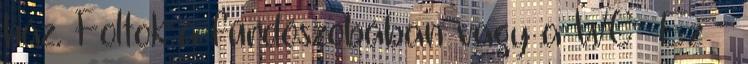
ház. Foltok a fürdőszobában vagy a WC- Ez -